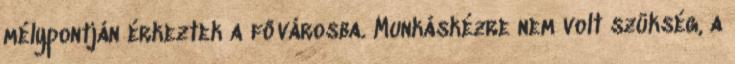
mélypontján érkeztek a fővárosba. Munkáskézre nem volt szükség, a